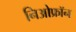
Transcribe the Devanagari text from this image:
निओफ्रॉन